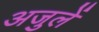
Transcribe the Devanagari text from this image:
अजुलें